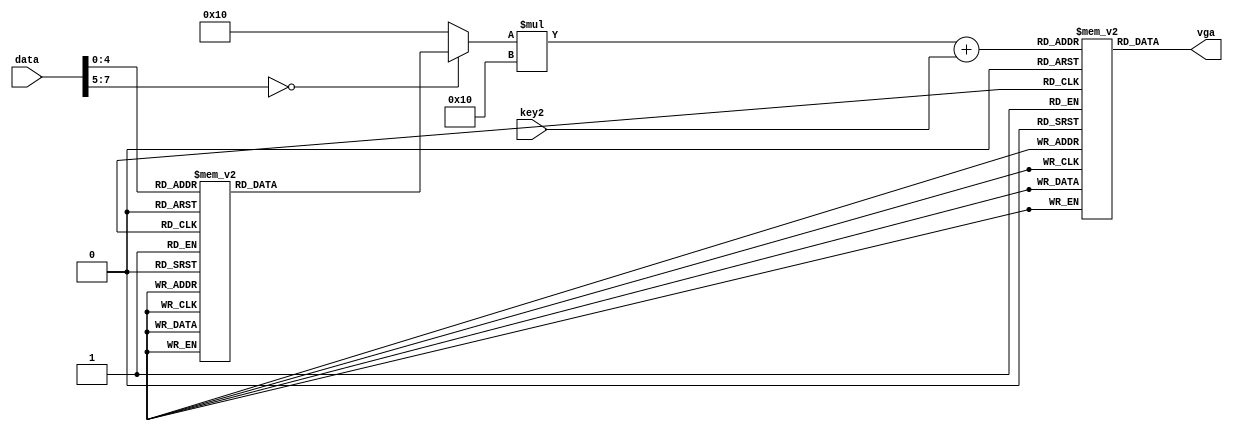
`timescale 1ns / 1ps
//////////////////////////////////////////////////////////////////////////////////
// Company: 
// Engineer: 
// 
// Design Name: 
// Module Name:    char_mem 
// Project Name: 
// Target Devices: 
// Tool versions: 
// Description: 
//
// Dependencies: 
//
// Revision: 
// Revision 0.01 - File Created
// Additional Comments: 
//
//////////////////////////////////////////////////////////////////////////////////
module char_mem(
	input wire [7:0] data,
	input wire [3:0] key2,
	output [7:0] vga
    );
	 
	 reg [7:0] lettera [0:16][0:15];
	 reg [5:0] key1;
	 
	 always @ (*) begin
			case (data)
				
				
				8'h10: begin key1 = 16; end // space
				8'h1: begin key1 = 1; end
				8'h2: begin key1 = 2; end
				8'h3: begin key1 = 3; end
				8'h4: begin key1 = 4; end
				8'h5: begin key1 = 5; end
				8'h6: begin key1 = 6; end
				8'h7: begin key1 = 7; end
				8'h8: begin key1 = 8; end
				8'h9: begin key1 = 9; end
				8'h0: begin key1 = 0; end
				8'ha: begin key1 = 10; end //a
				8'hb: begin key1 = 11; end //b
				8'hc: begin key1 = 12; end //c
				8'hd: begin key1 = 13; end
				8'he: begin key1 = 14; end
				8'hf: begin key1 = 15; end
				
				default : key1 = 16;
			endcase
	 end
	 
initial begin
   //code x30
   lettera[0][0]=8'b00000000;//", -- 0
   lettera[0][1]=8'b00000000;//", -- 1
   lettera[0][2]=8'b01111100;//", -- 2  *****
   lettera[0][3]=8'b11000110;//", -- 3 **   **
   lettera[0][4]=8'b11000110;//", -- 4 **   **
   lettera[0][5]=8'b11001110;//", -- 5 **  ***
   lettera[0][6]=8'b11011110;//", -- 6 ** ****
   lettera[0][7]=8'b11110110;//", -- 7 **** **
   lettera[0][8]=8'b11100110;//", -- 8 ***  **
   lettera[0][9]=8'b11000110;//", -- 9 **   **
   lettera[0][10]=8'b11000110;//", -- a **   **
   lettera[0][11]=8'b01111100;//", -- b  *****
   lettera[0][12]=8'b00000000;//", -- c
   lettera[0][13]=8'b00000000;//", -- d
   lettera[0][14]=8'b00000000;//", -- e
   lettera[0][15]=8'b00000000;//", -- f
   //code x31
   lettera[1][0]=8'b00000000;//", -- 0
   lettera[1][1]=8'b00000000;//", -- 1
   lettera[1][2]=8'b00011000;//", -- 2
   lettera[1][3]=8'b00111000;//", -- 3
   lettera[1][4]=8'b01111000;//", -- 4    **
   lettera[1][5]=8'b00011000;//", -- 5   ***
   lettera[1][6]=8'b00011000;//", -- 6  ****
   lettera[1][7]=8'b00011000;//", -- 7    **
   lettera[1][8]=8'b00011000;//", -- 8    **
   lettera[1][9]=8'b00011000;//", -- 9    **
   lettera[1][10]=8'b00011000;//", -- a    **
   lettera[1][11]=8'b01111110;//", -- b    **
   lettera[1][12]=8'b00000000;//", -- c    **
   lettera[1][13]=8'b00000000;//", -- d  ******
   lettera[1][14]=8'b00000000;//", -- e
   lettera[1][15]=8'b00000000;//", -- f
   // code x32
   lettera[2][0]=8'b00000000;//", -- 0
   lettera[2][1]=8'b00000000;//", -- 1
   lettera[2][2]=8'b01111100;//", -- 2  *****
   lettera[2][3]=8'b11000110;//", -- 3 **   **
   lettera[2][4]=8'b00000110;//", -- 4      **
   lettera[2][5]=8'b00001100;//", -- 5     **
   lettera[2][6]=8'b00011000;//", -- 6    **
   lettera[2][7]=8'b00110000;//", -- 7   **
   lettera[2][8]=8'b01100000;//", -- 8  **
   lettera[2][9]=8'b11000000;//", -- 9 **
   lettera[2][10]=8'b11000110;//", -- a **   **
   lettera[2][11]=8'b11111110;//", -- b *******
   lettera[2][12]=8'b00000000;//", -- c
   lettera[2][13]=8'b00000000;//", -- d
   lettera[2][14]=8'b00000000;//", -- e
   lettera[2][15]=8'b00000000;//", -- f
   // code x33
   lettera[3][0]=8'b00000000;//", -- 0
   lettera[3][1]=8'b00000000;//", -- 1
   lettera[3][2]=8'b01111100;//", -- 2  *****
   lettera[3][3]=8'b11000110;//", -- 3 **   **
   lettera[3][4]=8'b00000110;//", -- 4      **
   lettera[3][5]=8'b00000110;//", -- 5      **
   lettera[3][6]=8'b00111100;//", -- 6   ****
   lettera[3][7]=8'b00000110;//", -- 7      **
   lettera[3][8]=8'b00000110;//", -- 8      **
   lettera[3][9]=8'b00000110;//", -- 9      **
   lettera[3][10]=8'b11000110;//", -- a **   **
   lettera[3][11]=8'b01111100;//", -- b  *****
   lettera[3][12]=8'b00000000;//", -- c
   lettera[3][13]=8'b00000000;//", -- d
   lettera[3][14]=8'b00000000;//", -- e
   lettera[3][15]=8'b00000000;//", -- f
   // code x34
   lettera[4][0]=8'b00000000;//", -- 0
   lettera[4][1]=8'b00000000;//", -- 1
   lettera[4][2]=8'b00001100;//", -- 2     **
   lettera[4][3]=8'b00011100;//", -- 3    ***
   lettera[4][4]=8'b00111100;//", -- 4   ****
   lettera[4][5]=8'b01101100;//", -- 5  ** **
   lettera[4][6]=8'b11001100;//", -- 6 **  **
   lettera[4][7]=8'b11111110;//", -- 7 *******
   lettera[4][8]=8'b00001100;//", -- 8     **
   lettera[4][9]=8'b00001100;//", -- 9     **
   lettera[4][10]=8'b00001100;//", -- a     **
   lettera[4][11]=8'b00011110;//", -- b    ****
   lettera[4][12]=8'b00000000;//", -- c
   lettera[4][13]=8'b00000000;//", -- d
   lettera[4][14]=8'b00000000;//", -- e
   lettera[4][15]=8'b00000000;//", -- f
   // code x35
   lettera[5][0]=8'b00000000;//", -- 0
   lettera[5][1]=8'b00000000;//", -- 1
   lettera[5][2]=8'b11111110;//", -- 2 *******
   lettera[5][3]=8'b11000000;//", -- 3 **
   lettera[5][4]=8'b11000000;//", -- 4 **
   lettera[5][5]=8'b11000000;//", -- 5 **
   lettera[5][6]=8'b11111100;//", -- 6 ******
   lettera[5][7]=8'b00000110;//", -- 7      **
   lettera[5][8]=8'b00000110;//", -- 8      **
   lettera[5][9]=8'b00000110;//", -- 9      **
   lettera[5][10]=8'b11000110;//", -- a **   **
   lettera[5][11]=8'b01111100;//", -- b  *****
   lettera[5][12]=8'b00000000;//", -- c
   lettera[5][13]=8'b00000000;//", -- d
   lettera[5][14]=8'b00000000;//", -- e
   lettera[5][15]=8'b00000000;//", -- f
   // code x36
   lettera[6][0]=8'b00000000;//", -- 0
   lettera[6][1]=8'b00000000;//", -- 1
   lettera[6][2]=8'b00111000;//", -- 2   ***
   lettera[6][3]=8'b01100000;//", -- 3  **
   lettera[6][4]=8'b11000000;//", -- 4 **
   lettera[6][5]=8'b11000000;//", -- 5 **
   lettera[6][6]=8'b11111100;//", -- 6 ******
   lettera[6][7]=8'b11000110;//", -- 7 **   **
   lettera[6][8]=8'b11000110;//", -- 8 **   **
   lettera[6][9]=8'b11000110;//", -- 9 **   **
   lettera[6][10]=8'b11000110;//", -- a **   **
   lettera[6][11]=8'b01111100;//", -- b  *****
   lettera[6][12]=8'b00000000;//", -- c
   lettera[6][13]=8'b00000000;//", -- d
   lettera[6][14]=8'b00000000;//", -- e
   lettera[6][15]=8'b00000000;//", -- f
   // code x37
   lettera[7][0]=8'b00000000;//", -- 0
   lettera[7][1]=8'b00000000;//", -- 1
   lettera[7][2]=8'b11111110;//", -- 2 *******
   lettera[7][3]=8'b11000110;//", -- 3 **   **
   lettera[7][4]=8'b00000110;//", -- 4      **
   lettera[7][5]=8'b00000110;//", -- 5      **
   lettera[7][6]=8'b00001100;//", -- 6     **
   lettera[7][7]=8'b00011000;//", -- 7    **
   lettera[7][8]=8'b00110000;//", -- 8   **
   lettera[7][9]=8'b00110000;//", -- 9   **
   lettera[7][10]=8'b00110000;//", -- a   **
   lettera[7][11]=8'b00110000;//", -- b   **
   lettera[7][12]=8'b00000000;//", -- c
   lettera[7][13]=8'b00000000;//", -- d
   lettera[7][14]=8'b00000000;//", -- e
   lettera[7][15]=8'b00000000;//", -- f
   // code x38
   lettera[8][0]=8'b00000000;//", -- 0
   lettera[8][1]=8'b00000000;//", -- 1
   lettera[8][2]=8'b01111100;//", -- 2  *****
   lettera[8][3]=8'b11000110;//", -- 3 **   **
   lettera[8][4]=8'b11000110;//", -- 4 **   **
   lettera[8][5]=8'b11000110;//", -- 5 **   **
   lettera[8][6]=8'b01111100;//", -- 6  *****
   lettera[8][7]=8'b11000110;//", -- 7 **   **
   lettera[8][8]=8'b11000110;//", -- 8 **   **
   lettera[8][9]=8'b11000110;//", -- 9 **   **
   lettera[8][10]=8'b11000110;//", -- a **   **
   lettera[8][11]=8'b01111100;//", -- b  *****
   lettera[8][12]=8'b00000000;//", -- c
   lettera[8][13]=8'b00000000;//", -- d
   lettera[8][14]=8'b00000000;//", -- e
   lettera[8][15]=8'b00000000;//", -- f
   // code x39
   lettera[9][0]=8'b00000000;//", -- 0
   lettera[9][1]=8'b00000000;//", -- 1
   lettera[9][2]=8'b01111100;//", -- 2  *****
   lettera[9][3]=8'b11000110;//", -- 3 **   **
   lettera[9][4]=8'b11000110;//", -- 4 **   **
   lettera[9][5]=8'b11000110;//", -- 5 **   **
   lettera[9][6]=8'b01111110;//", -- 6  ******
   lettera[9][7]=8'b00000110;//", -- 7      **
   lettera[9][8]=8'b00000110;//", -- 8      **
   lettera[9][9]=8'b00000110;//", -- 9      **
   lettera[9][10]=8'b00001100;//", -- a     **
   lettera[9][11]=8'b01111000;//", -- b  ****
   lettera[9][12]=8'b00000000;//", -- c
   lettera[9][13]=8'b00000000;//", -- d
   lettera[9][14]=8'b00000000;//", -- e
   lettera[9][15]=8'b00000000;//", -- f
	//// code x61
    lettera[10][0]=8'b00000000;  
    lettera[10][1]=8'b00000000;  
    lettera[10][2]=8'b00000000;  
    lettera[10][3]=8'b00000000;  
    lettera[10][4]=8'b00000000;  
    lettera[10][5]=8'b01111000;        
    lettera[10][6]=8'b00001100;         
    lettera[10][7]=8'b01111100;         
    lettera[10][8]=8'b11001100;         
    lettera[10][9]=8'b11001100;         
    lettera[10][10]=8'b11001100;         
    lettera[10][11]=8'b01110110;          
    lettera[10][12]=8'b00000000;  
    lettera[10][13]=8'b00000000;  
    lettera[10][14]=8'b00000000;  
    lettera[10][15]=8'b00000000;  
//   // code x62
    lettera[11][0]=8'b00000000;  
    lettera[11][1]=8'b00000000;  
    lettera[11][2]=8'b11100000;       
    lettera[11][3]=8'b01100000;       
    lettera[11][4]=8'b01100000;       
    lettera[11][5]=8'b01111000;         
    lettera[11][6]=8'b01101100;          
    lettera[11][7]=8'b01100110;           
    lettera[11][8]=8'b01100110;           
    lettera[11][9]=8'b01100110;           
    lettera[11][10]=8'b01100110;           
    lettera[11][11]=8'b01111100;          
    lettera[11][12]=8'b00000000;  
    lettera[11][13]=8'b00000000;  
    lettera[11][14]=8'b00000000;  
    lettera[11][15]=8'b00000000;  
//   // code x63//
    lettera[12][0]=8'b00000000;  
    lettera[12][1]=8'b00000000;  
    lettera[12][2]=8'b00000000;  
    lettera[12][3]=8'b00000000;  
    lettera[12][4]=8'b00000000;  
    lettera[12][5]=8'b01111100;         
    lettera[12][6]=8'b11000110;          
    lettera[12][7]=8'b11000000;     
    lettera[12][8]=8'b11000000;     
    lettera[12][9]=8'b11000000;     
    lettera[12][10]=8'b11000110;          
    lettera[12][11]=8'b01111100;         
    lettera[12][12]=8'b00000000;  
    lettera[12][13]=8'b00000000;  
    lettera[12][14]=8'b00000000;  
    lettera[12][15]=8'b00000000;  
   // code x64
    lettera[13][0]=8'b00000000;  
    lettera[13][1]=8'b00000000;  
    lettera[13][2]=8'b00011100;         
    lettera[13][3]=8'b00001100;         
    lettera[13][4]=8'b00001100;         
    lettera[13][5]=8'b00111100;         
    lettera[13][6]=8'b01101100;         
    lettera[13][7]=8'b11001100;         
    lettera[13][8]=8'b11001100;         
    lettera[13][9]=8'b11001100;         
    lettera[13][10]=8'b11001100;         
    lettera[13][11]=8'b01110110;          
    lettera[13][12]=8'b00000000;  
    lettera[13][13]=8'b00000000;  
    lettera[13][14]=8'b00000000;  
    lettera[13][15]=8'b00000000;  
   // code x65
    lettera[14][0]=8'b00000000;  
    lettera[14][1]=8'b00000000;  
    lettera[14][2]=8'b00000000;  
    lettera[14][3]=8'b00000000;  
    lettera[14][4]=8'b00000000;  
    lettera[14][5]=8'b01111100;         
    lettera[14][6]=8'b11000110;          
    lettera[14][7]=8'b11111110;          
    lettera[14][8]=8'b11000000;     
    lettera[14][9]=8'b11000000;     
    lettera[14][10]=8'b11000110;          
    lettera[14][11]=8'b01111100;         
    lettera[14][12]=8'b00000000;  
    lettera[14][13]=8'b00000000;  
    lettera[14][14]=8'b00000000;  
    lettera[14][15]=8'b00000000;  
   // code x66
    lettera[15][0]=8'b00000000;  
    lettera[15][1]=8'b00000000;  
    lettera[15][2]=8'b00111000;        
    lettera[15][3]=8'b01101100;         
    lettera[15][4]=8'b01100100;         
    lettera[15][5]=8'b01100000;      
    lettera[15][6]=8'b11110000;       
    lettera[15][7]=8'b01100000;      
    lettera[15][8]=8'b01100000;      
    lettera[15][9]=8'b01100000;      
    lettera[15][10]=8'b01100000;      
    lettera[15][11]=8'b11110000;       
    lettera[15][12]=8'b00000000;  
    lettera[15][13]=8'b00000000;  
    lettera[15][14]=8'b00000000;  
    lettera[15][15]=8'b00000000;  
   // code x67
 
   
	 // space 
	 lettera[16][0]=8'b00000000;  
    lettera[16][1]=8'b00000000;  
    lettera[16][2]=8'b00000000;  
    lettera[16][3]=8'b00000000;  
    lettera[16][4]=8'b00000000;  
    lettera[16][5]=8'b00000000;          
    lettera[16][6]=8'b00000000;         
    lettera[16][7]=8'b00000000;        
    lettera[16][8]=8'b00000000;       
    lettera[16][9]=8'b00000000;      
    lettera[16][10]=8'b00000000;          
    lettera[16][11]=8'b00000000;          
    lettera[16][12]=8'b00000000;  
    lettera[16][13]=8'b00000000;  
    lettera[16][14]=8'b00000000;  
    lettera[16][15]=8'b00000000; 
	
	end
	
	assign vga = lettera[key1][key2];

endmodule